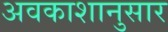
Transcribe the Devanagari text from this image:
अवकाशानुसार